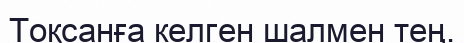
Тоқсанға келген шалмен тең.